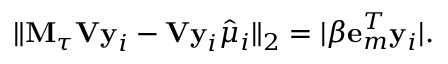
\| \mathbf { M } _ { \tau } \mathbf { V y } _ { i } - \mathbf { V y } _ { i } \hat { \mu } _ { i } \| _ { 2 } = \vert \beta \mathbf { e } _ { m } ^ { T } \mathbf { y } _ { i } \vert .